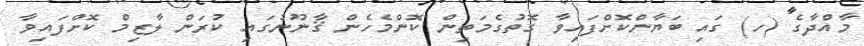
މާއްދާގެ (ހ) ގައި ބަޔާންކޮށްފައިވާ ގޮތުގެމަތިން ކޮންމެހެން ޤާނޫނުގައި ކުރަން ލާޒިމް ކޮށްފައިވާ